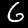
Digit: 6